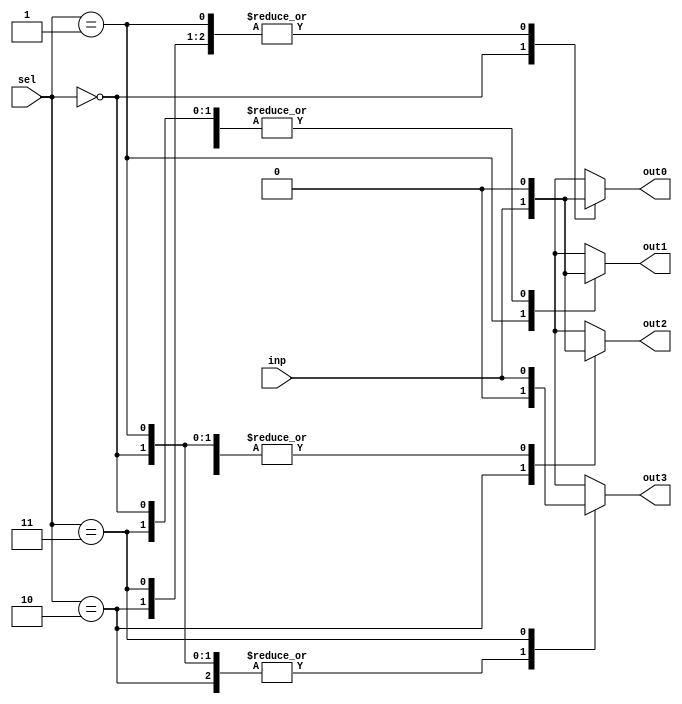
module demux2x4 (
    input [1:0] sel, // Control inputs
    input inp, // Input signal
    output reg out0, out1, out2, out3 // Output lines
);

always @(sel, inp) begin
    case(sel)
        2'b00: begin
            out0 = inp;
            out1 = 1'b0;
            out2 = 1'b0;
            out3 = 1'b0;
        end
        2'b01: begin
            out0 = 1'b0;
            out1 = inp;
            out2 = 1'b0;
            out3 = 1'b0;
        end
        2'b10: begin
            out0 = 1'b0;
            out1 = 1'b0;
            out2 = inp;
            out3 = 1'b0;
        end
        2'b11: begin
            out0 = 1'b0;
            out1 = 1'b0;
            out2 = 1'b0;
            out3 = inp;
        end
    endcase
end

endmodule